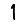
Digit: 1